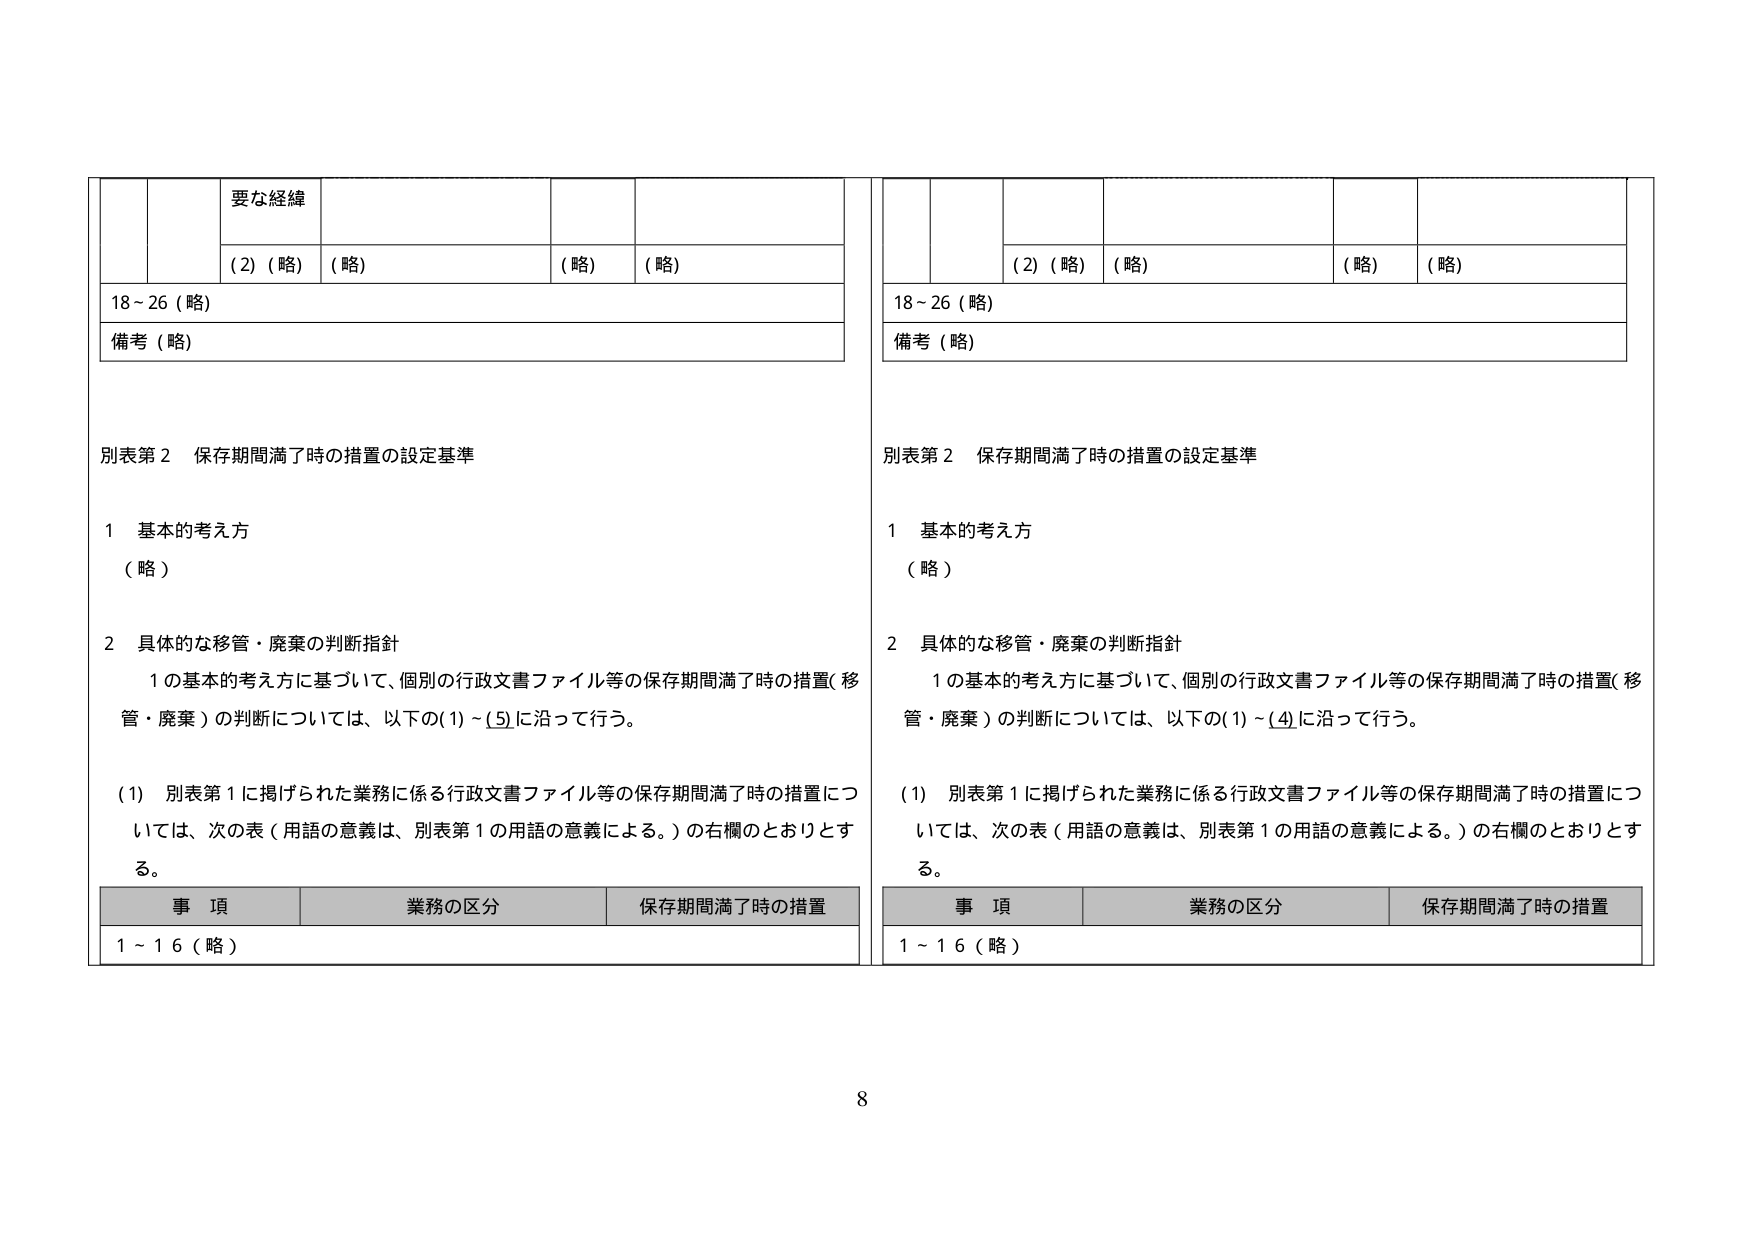
要な経緯
(2)（略） （略） （略） （略）
18～26（略）
備考（略）

別表第2 保存期間満了時の措置の設定基準

1 基本的考え方
（略）

2 具体的な移管・廃棄の判断指針
1の基本的考え方に基づいて、個別の行政文書ファイル等の保存期間満了時の措置（移管・廃棄）の判断については、以下の(1)～(5)に沿って行う。

(1) 別表第1に掲げられた業務に係る行政文書ファイル等の保存期間満了時の措置については、次の表（用語の意義は、別表第1の用語の意義による。）の右欄のとおりとする。

事項 業務の区分 保存期間満了時の措置
1～16（略）

（2）（略） （略） （略） （略）
18～26（略）
備考（略）

別表第2 保存期間満了時の措置の設定基準

1 基本的考え方
（略）

2 具体的な移管・廃棄の判断指針
1の基本的考え方に基づいて、個別の行政文書ファイル等の保存期間満了時の措置（移管・廃棄）の判断については、以下の(1)～(4)に沿って行う。

(1) 別表第1に掲げられた業務に係る行政文書ファイル等の保存期間満了時の措置については、次の表（用語の意義は、別表第1の用語の意義による。）の右欄のとおりとする。

事項 業務の区分 保存期間満了時の措置
1～16（略）

8